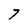
Character: 7